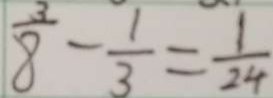
\frac { 3 } { 8 } - \frac { 1 } { 3 } = \frac { 1 } { 2 4 }